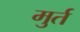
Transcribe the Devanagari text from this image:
मुर्त